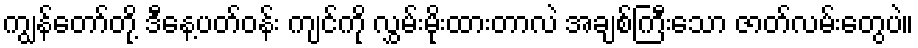
ကျွန်တော်တို့ ဒီနေ့ပတ်ဝန်း ကျင်ကို လွှမ်းမိုးထားတာလဲ အချစ်ကြီးသော ဇာတ်လမ်းတွေပဲ။